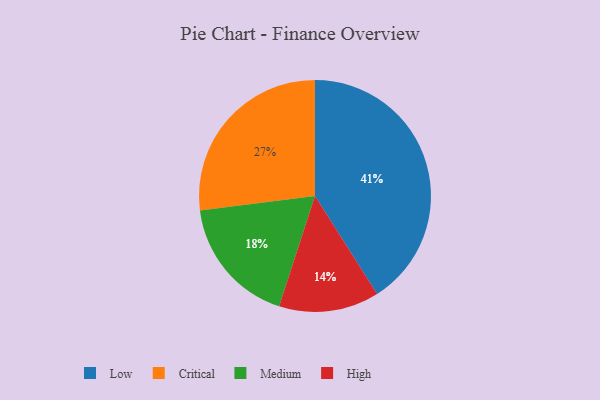
{"axis": {"x": "Category", "y": "Percentage"}, "legend": ["Critical", "High", "Low", "Medium"], "data": [{"x": "Low", "y": 41, "type": "Low"}, {"x": "High", "y": 14, "type": "High"}, {"x": "Medium", "y": 18, "type": "Medium"}, {"x": "Critical", "y": 27, "type": "Critical"}]}